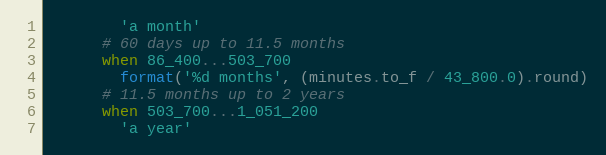
Language: Ruby
        'a month'
      # 60 days up to 11.5 months
      when 86_400...503_700
        format('%d months', (minutes.to_f / 43_800.0).round)
      # 11.5 months up to 2 years
      when 503_700...1_051_200
        'a year'